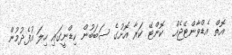
އޮތް އެޑްވާންޓޭޖެއް  ކޮންޓޭ ކަރާ އޮށުގެ ސަބަބުން ކިޑްނީގައި ހިލަ އުފެދުމުން